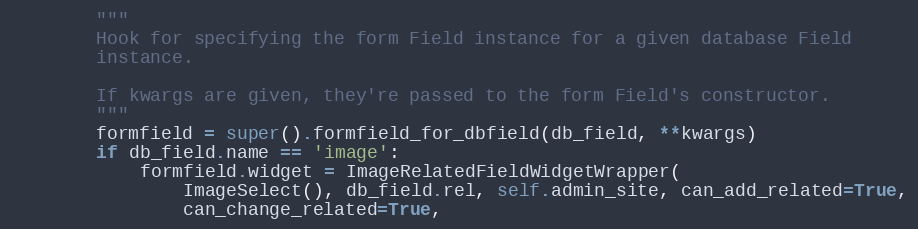
Language: Python
        """
        Hook for specifying the form Field instance for a given database Field
        instance.

        If kwargs are given, they're passed to the form Field's constructor.
        """
        formfield = super().formfield_for_dbfield(db_field, **kwargs)
        if db_field.name == 'image':
            formfield.widget = ImageRelatedFieldWidgetWrapper(
                ImageSelect(), db_field.rel, self.admin_site, can_add_related=True,
                can_change_related=True,